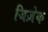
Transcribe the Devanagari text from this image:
जिज़ेक